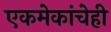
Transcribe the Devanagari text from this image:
एकमेकांचेही